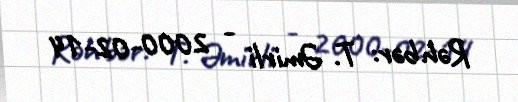
Rəhbər: T. Əmirli - 2000-02-14